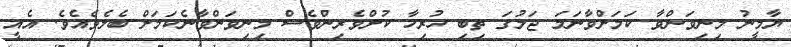
ޔާމީނު މިނިވަންވާ ކަމަށްވާނަމަ ޖަލުގަ ތިބި ހުރިހާ ކުށްވެރިންވެސް މިނިވަންވާނެކަމަށް ބެލެވެއެވެ. އެއީ